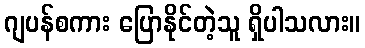
ဂျပန်စကား ပြောနိုင်တဲ့သူ ရှိပါသလား။